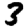
Digit: 3